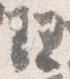
理